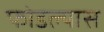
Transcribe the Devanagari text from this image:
फोडल्यास